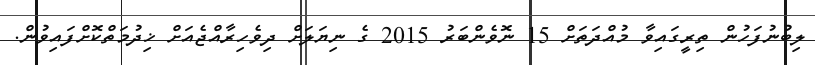
ލިބުނުފަހުން ތިރީގައިވާ މުއްދަތަށް 15 ނޮވެންބަރު 2015 ގެ ނިޔަލަށް ދިވެހިރާއްޖެއަށް ޚިދުމަތްކޮށްފައިވުން.